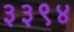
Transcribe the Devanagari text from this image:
३३९४